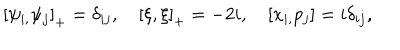
\left[ \psi _ { i , } \psi _ { j } \right] _ { + } = \delta _ { i j } , \quad \left[ \xi , \xi \right] _ { + } = - 2 i , \quad \left[ x _ { i , } p _ { j } \right] = i \delta _ { i j } ,